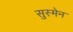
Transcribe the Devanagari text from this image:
सुस्मेन